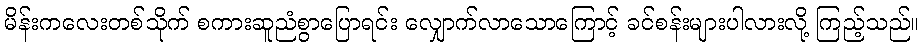
မိန်းကလေးတစ်သိုက် စကားဆူညံစွာပြောရင်း လျှောက်လာသောကြောင့် ခင်စန်းများပါလားလို့ ကြည့်သည်။